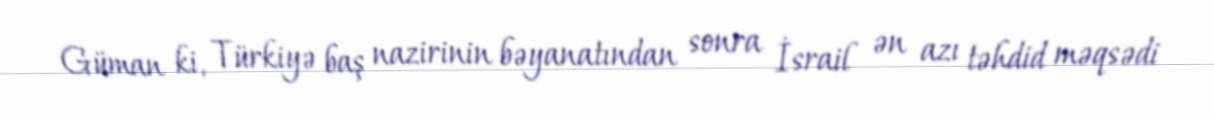
Güman ki, Türkiyə baş nazirinin bəyanatından sonra İsrail ən azı təhdid məqsədi